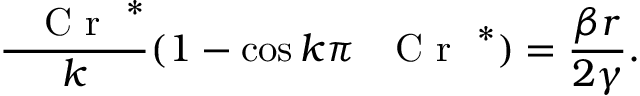
\frac { \mathrm { ~ \textit ~ { ~ C ~ r ~ } ~ } ^ { * } } { k } ( 1 - \cos k \pi \mathrm { ~ \textit ~ { ~ C ~ r ~ } ~ } ^ { * } ) = \frac { \beta r } { 2 \gamma } .